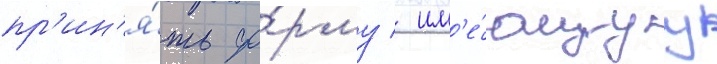
пр'ин'я́ть фо́рму / им'е́ющуу